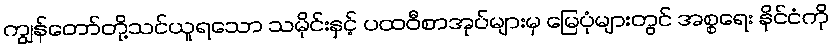
ကျွန်တော်တို့သင်ယူရသော သမိုင်းနှင့် ပထဝီစာအုပ်များမှ မြေပုံများတွင် အစ္စရေး နိုင်ငံကို